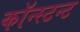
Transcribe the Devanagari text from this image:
कॉन्स्टन्ट